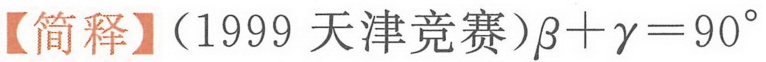
【简释】（1999 天津竞赛）\(\beta+\gamma = 90^{\circ}\)